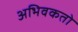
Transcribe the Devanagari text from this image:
अभिवकतो